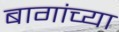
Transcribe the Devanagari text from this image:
बागांच्या